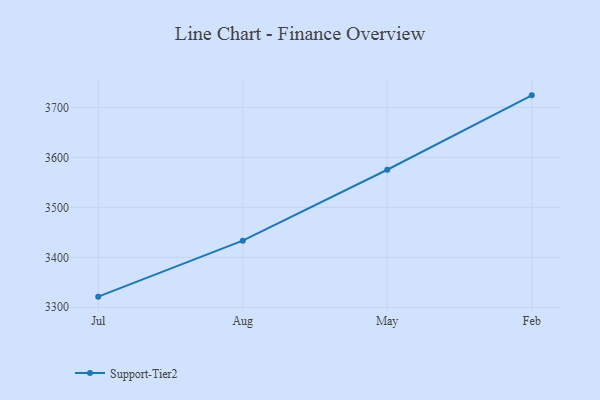
{"axis": {"x": "Month", "y": "Page Views"}, "legend": ["Support-Tier2"], "data": [{"x": "Jul", "y": 3321.3, "type": "Support-Tier2"}, {"x": "Aug", "y": 3433.3, "type": "Support-Tier2"}, {"x": "May", "y": 3575.2, "type": "Support-Tier2"}, {"x": "Feb", "y": 3724.1, "type": "Support-Tier2"}]}